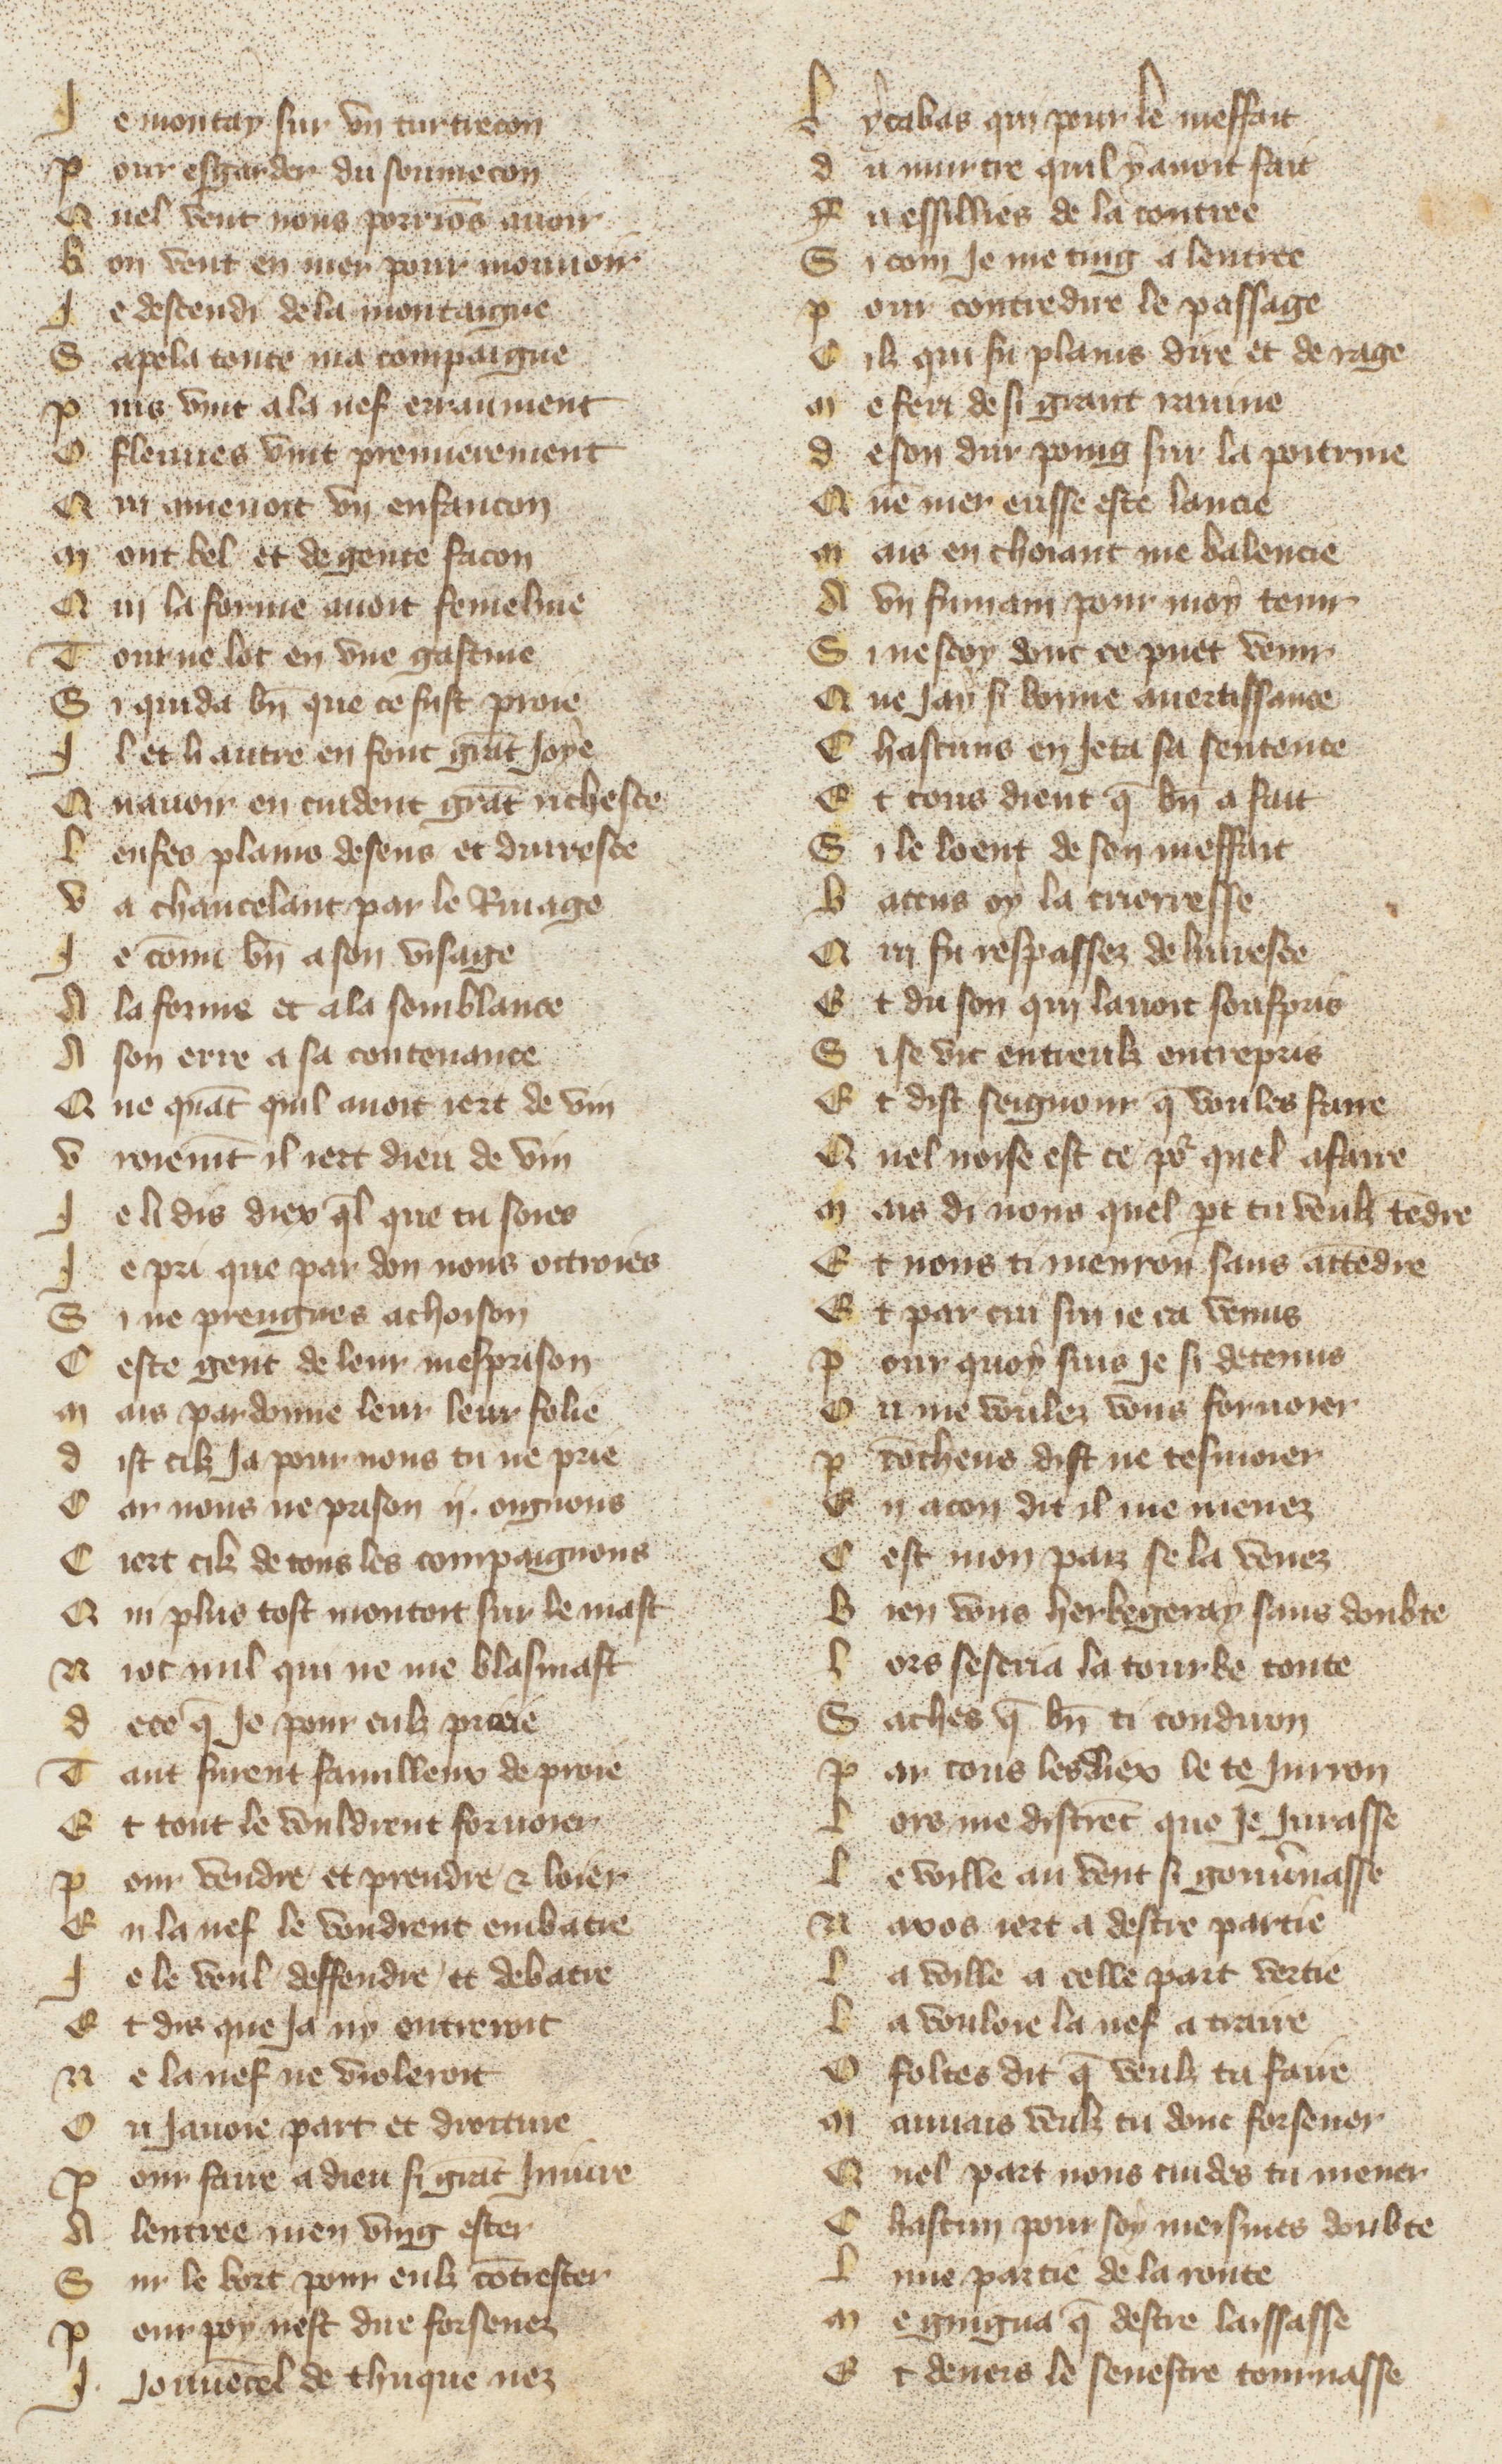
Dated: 1380–1390